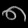
Digit: ၈